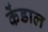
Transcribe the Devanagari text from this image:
केंडाल